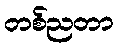
တစ်ညတာ